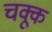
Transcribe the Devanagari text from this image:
चक्कू